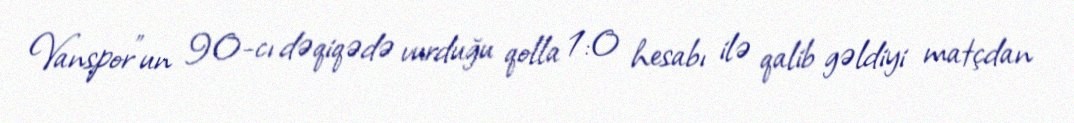
Vanspor"un 90-cı dəqiqədə vurduğu qolla 1:0 hesabı ilə qalib gəldiyi matçdan